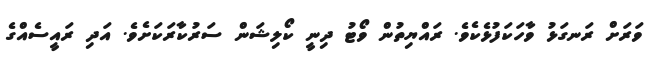
ވަރަށް ރަނގަޅު ވާހަކަފުޅެކެވެ. ރައްޔިތުން ވޯޓު ދިނީ ކޯލިޝަން ސަރުކާރަކަށެވެ. އަދި ރައީސެއްގެ